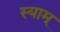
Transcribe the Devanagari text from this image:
स्याम्